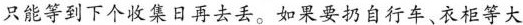
只能等到下个收集日再去丢。如果要扔自行车、衣柜等大